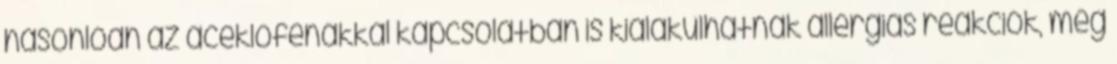
hasonlóan az aceklofenákkal kapcsolatban is kialakulhatnak allergiás reakciók, még